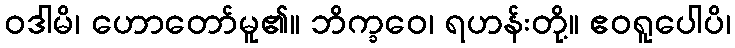
ဝဒါမိ၊ ဟောတော်မူ၏။ ဘိက္ခဝေ၊ ရဟန်းတို့။ ဧဝရူပေါပိ၊